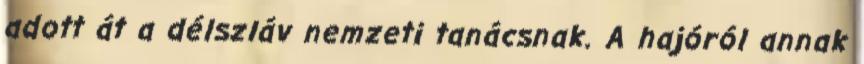
adott át a délszláv nemzeti tanácsnak. A hajóról annak